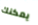
يمكنك